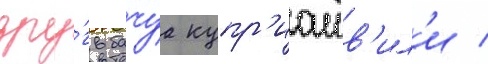
дру́г бачуа купр'иашв'ил'и /